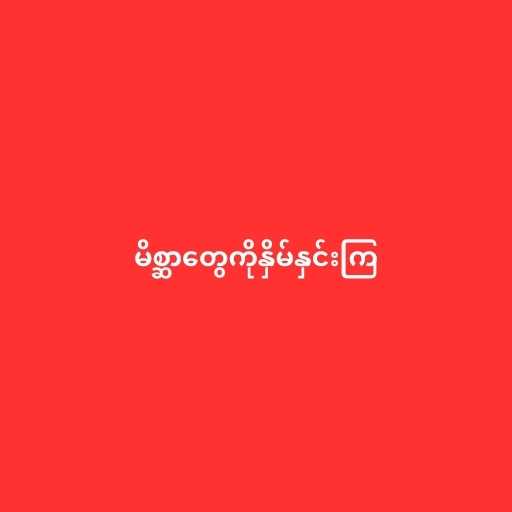
မိစ္ဆာတွေကိုနှိမ်နှင်းကြ